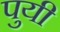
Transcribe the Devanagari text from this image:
पुयी